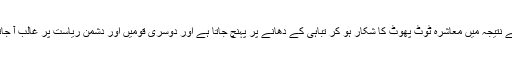
جس کے نتیجہ میں معاشرہ ٹوٹ پھوٹ کا شکار ہو کر تباہی کے دھانے پر پہنچ جاتا ہے اور دوسری قومیں اور دشمن ریاست پر غالب آ جاتے ہیں۔